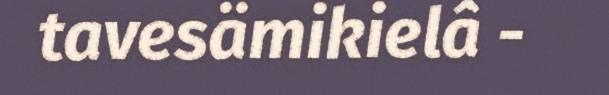
tavesämikielâ -